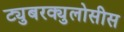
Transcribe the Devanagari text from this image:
ट्युबरक्युलोसीस